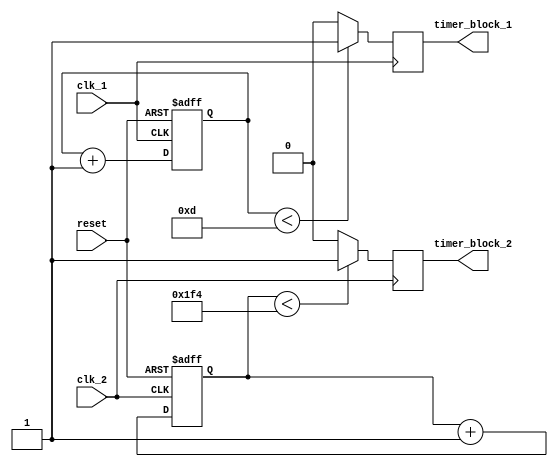
module Multirate_timer (
    input wire clk_1,            // Input clock signal at frequency 1
    input wire clk_2,            // Input clock signal at frequency 2
    input wire reset,            // Reset signal

    output reg timer_block_1,    // Output signal from Timer Block 1
    output reg timer_block_2     // Output signal from Timer Block 2
);

reg [7:0] count_1 = 8'b0;       // Counter for Timer Block 1
reg [9:0] count_2 = 10'b0;      // Counter for Timer Block 2

always @(posedge clk_1 or posedge reset) begin
    if (reset) begin
        count_1 <= 8'b0;
    end else begin
        count_1 <= count_1 + 1;
    end
end

always @(posedge clk_2 or posedge reset) begin
    if (reset) begin
        count_2 <= 10'b0;
    end else begin
        count_2 <= count_2 + 1;
    end
end

// Timer Block 1 generates a pulse width modulation signal
always @(posedge clk_1) begin
    if (count_1 < 4'b1101) begin
        timer_block_1 <= 1'b1;
    end else begin
        timer_block_1 <= 1'b0;
    end
end

// Timer Block 2 generates a frequency division signal
always @(posedge clk_2) begin
    if (count_2 < 10'd500) begin
        timer_block_2 <= 1'b1;
    end else begin
        timer_block_2 <= 1'b0;
    end
end

endmodule